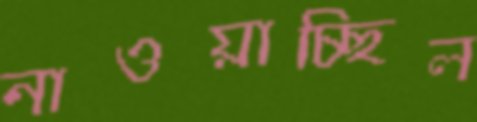
নাওয়াচ্ছিল